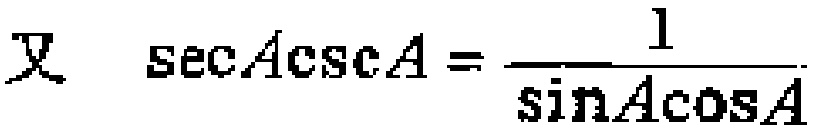
又 \(\sec A\csc A = \frac{1}{\sin A\cos A}\)